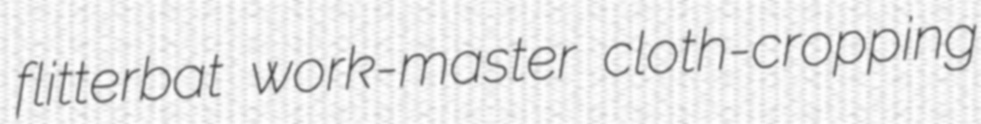
flitterbat work-master cloth-cropping